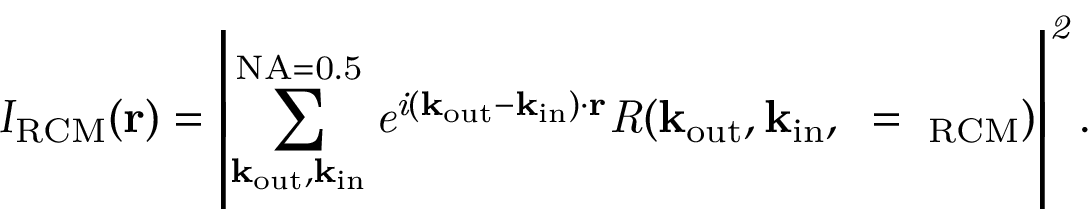
I _ { \mathrm { R C M } } ( \bf { r } ) \it = \left| \sum _ { \bf k _ { \mathrm { o u t } } , \bf k _ { \mathrm { i n } } } ^ { \mathrm { N A = 0 . 5 } } e ^ { i ( { \bf k } _ { \mathrm { o u t } } - { \bf k } _ { \mathrm { i n } } ) \cdot { \bf r } } R ( \bf k _ { \mathrm { o u t } } , \bf k _ { \mathrm { i n } } , \omega = \omega _ { \mathrm { R C M } } ) \right| ^ { 2 } .